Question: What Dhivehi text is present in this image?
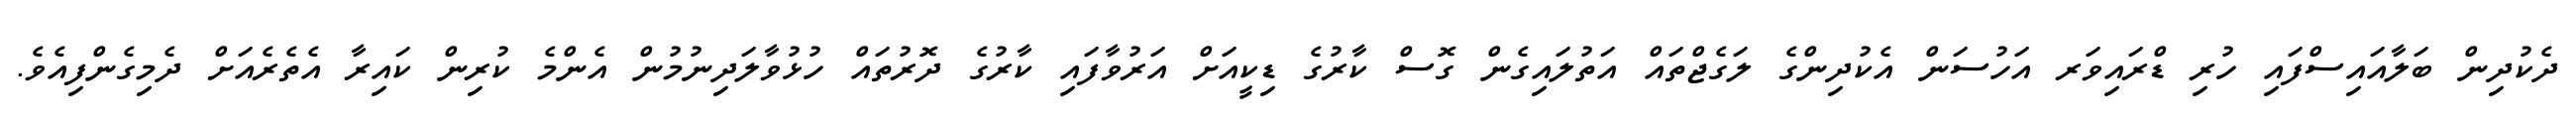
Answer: ދެކުދިން ބަލާއައިސްފައި ހުރި ޑްރައިވަރ އަހުސަން އެކުދިންގެ ލަގެޖްތައް އަތުލައިގެން ގޮސް ކާރުގެ ޑިކީއަށް އަރުވާފައި ކާރުގެ ދޮރުތައް ހުޅުވާލަދިނުމުން އެންމެ ކުރިން ކައިރާ އެތެރެއަށް ދެމިގެންފިއެވެ.